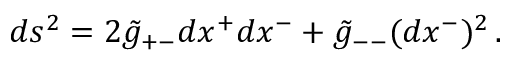
d s ^ { 2 } = 2 \tilde { g } _ { + - } d x ^ { + } d x ^ { - } + \tilde { g } _ { -- } ( d x ^ { - } ) ^ { 2 } \, .